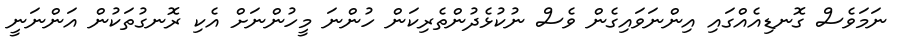
ނަމަވެސް ގޮނޑިއެއްގައި އިންނަވައިގެން ވެސް ނުކުޅެދުންތެރިކަން ހުންނަ މީހުންނަށް އެކި ރޮނގުތަކުން އަންނަނީ